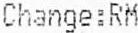
CHANGE:RM